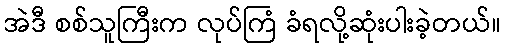
အဲဒီ စစ်သူကြီးက လုပ်ကြံ ခံရလို့ဆုံးပါးခဲ့တယ်။